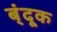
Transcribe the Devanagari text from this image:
ब्ंदूक